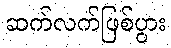
ဆက်လက်ဖြစ်ပွား